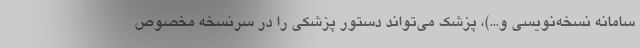
سامانه نسخه‌نویسی و...)، پزشک می‌تواند دستور پزشکی را در سرنسخه مخصوص